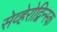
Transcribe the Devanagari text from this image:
सेव्हेरोद्विन्स्क